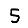
Digit: 5